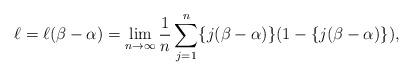
LaTeX: \begin{align*}\ell = \ell (\beta - \alpha) = \lim_{n\to \infty} \frac{1}{n} \sum_{j=1}^n \{j(\beta -\alpha)\}(1-\{j(\beta -\alpha)\}),\end{align*}